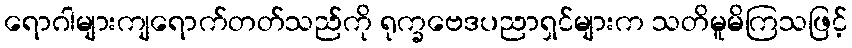
ရောဂါများကျရောက်တတ်သည်ကို ရုက္ခဗေဒပညာရှင်များက သတိမူမိကြသဖြင့်